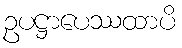
ဥပဋ္ဌာပေဿထာပိ